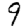
Digit: 9